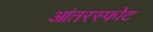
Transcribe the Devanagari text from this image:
आंतरस्फोट